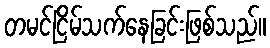
တမင်ငြိမ်သက်နေခြင်းဖြစ်သည်။